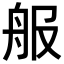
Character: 𦨕